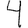
Digit: 4